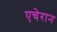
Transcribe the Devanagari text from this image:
एचेरान